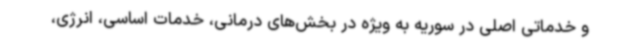
و خدماتی اصلی در سوریه به ویژه در بخش‌های درمانی، خدمات اساسی، انرژی،